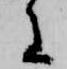
に